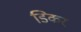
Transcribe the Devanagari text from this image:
डिकर